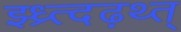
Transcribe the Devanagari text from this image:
झ्ध्र्त्दढ़थ्त्